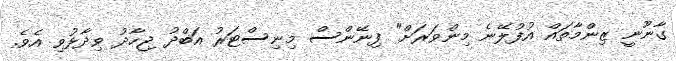
ގާނޫނީ ޒިންމާތައް އުފުލޭނެ މިންވަރަށް" ފިނޭންސް މިނިސްޓަރު އަބްދު ޖިހާދު ވިދާޅުވި އެވެ.